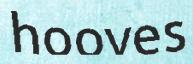
hooves